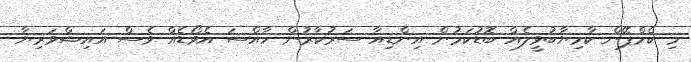
މި ކެމްޕޭން ކާމިޔާބުވީލެއް ބޮޑުކަމުން އިންޑިއާ ސަރުކާރުން ހާއްސަ އެވޯޑެއް ވެސް އައިޝްވަރިޔާ